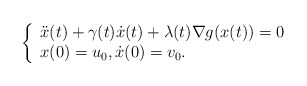
\begin{align*}\left\{\begin{array}{ll}\ddot x(t) + \gamma(t) \dot x(t) + \lambda(t)\nabla g(x(t))=0\\x(0)=u_0, \dot x(0)=v_0.\end{array}\right.\end{align*}